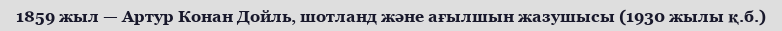
1859 жыл — Артур Конан Дойль, шотланд және ағылшын жазушысы (1930 жылы қ.б.)